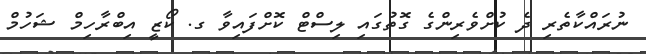
ނުރައްކާތެރި ދެ ކުށްވެރިންގެ ގޮތުގައި ލިސްޓް ކޮށްފައިވާ ގ. ކޯޒީ އިބްރާހިމް ޝަހުމް